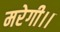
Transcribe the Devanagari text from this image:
मरेगी।।